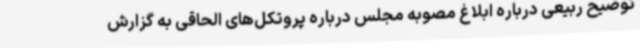
توضیح ربیعی درباره ابلاغ مصوبه مجلس درباره پروتکل‌های الحاقی به گزارش